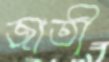
জাতী